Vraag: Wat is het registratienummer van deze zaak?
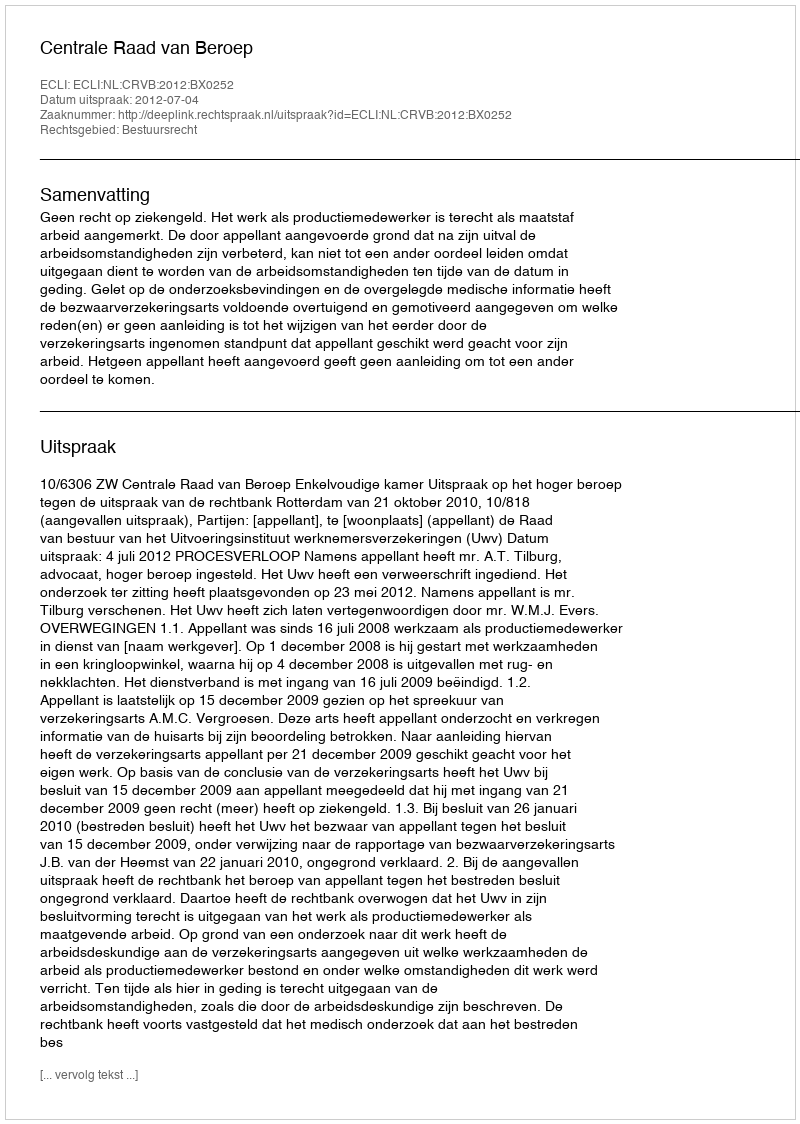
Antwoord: http://deeplink.rechtspraak.nl/uitspraak?id=ECLI:NL:CRVB:2012:BX0252